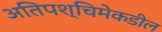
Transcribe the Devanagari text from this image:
अतिपश्चिमेकडील